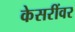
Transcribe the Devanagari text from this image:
केसरींवर